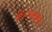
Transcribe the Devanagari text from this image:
डॉ॰गंगासिंह